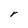
Character: r